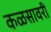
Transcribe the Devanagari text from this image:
कळसावरी